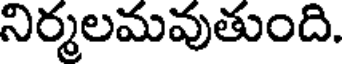
నిర్మలమవుతుంది.